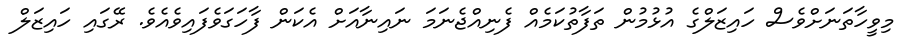
މިވީހާތަނަށްވެސް ހައިޒަލްގެ އުޅުމުން ތަފާތުކަމެއް ފެނިއްޖެނަމަ ނައިނާއަށް އެކަން ފާހަގަވެފައިވެއެވެ. ރޭގައި ހައިޒަލް